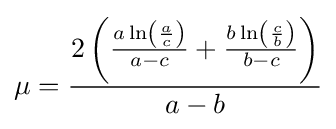
\mu ={\frac {2\left({\frac {a\,\mathrm {ln} \left({\frac {a}{c}}\right)}{a-c}}+{\frac {b\,\mathrm {ln} \left({\frac {c}{b}}\right)}{b-c}}\right)}{a-b}}